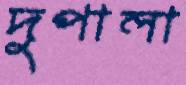
দুপালা